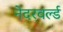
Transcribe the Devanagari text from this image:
नेदरवर्ल्ड